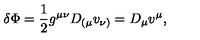
\delta \Phi = \frac { 1 } { 2 } g ^ { \mu \nu } D _ { ( \mu } v _ { \nu ) } = D _ { \mu } v ^ { \mu } ,